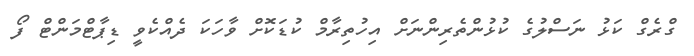
ގްރެގް ކަޅު ނަސްލުގެ ކުޅުންތެރިންނަށް އިހުތިރާމް ކުޑަކޮށް ވާހަކަ ދެއްކެވީ ޑިޕާޓްމަންޓް ފޯ